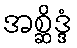
အစ္ဆိဒ္ဒံ